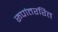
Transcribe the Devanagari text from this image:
रूपांतररित